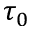
\tau _ { 0 }